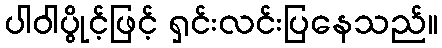
ပါဝါပွိုင့်ဖြင့် ရှင်းလင်းပြနေသည်။